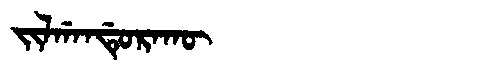
Manchu: ᠵᡳᠯᡤᠠᠨᡩᡠᡵᠠᡴᡡ
Romanization: JILGANDURAKŪ